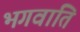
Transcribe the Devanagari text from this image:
भगवाति